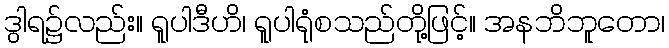
ဒွါရ၌လည်း။ ရူပါဒီဟိ၊ ရူပါရုံစသည်တို့ဖြင့်။ အနဘိဘူတော၊